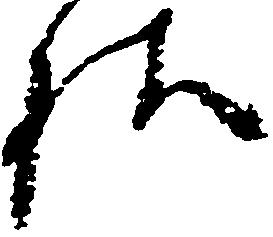
様